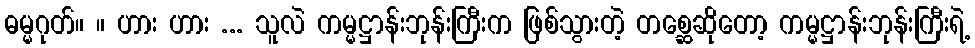
ဓမ္မဂုတ်။ ။ ဟား ဟား ... သူလဲ ကမ္မဋ္ဌာန်းဘုန်းကြီးက ဖြစ်သွားတဲ့ တစ္ဆေဆိုတော့ ကမ္မဋ္ဌာန်းဘုန်းကြီးရဲ့